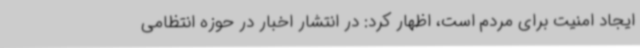
ایجاد امنیت برای مردم است، اظهار کرد: در انتشار اخبار در حوزه انتظامی